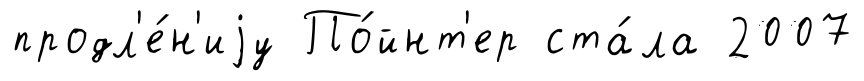
продл'е́н'иjу По́йнт'ер ста́ла 2007